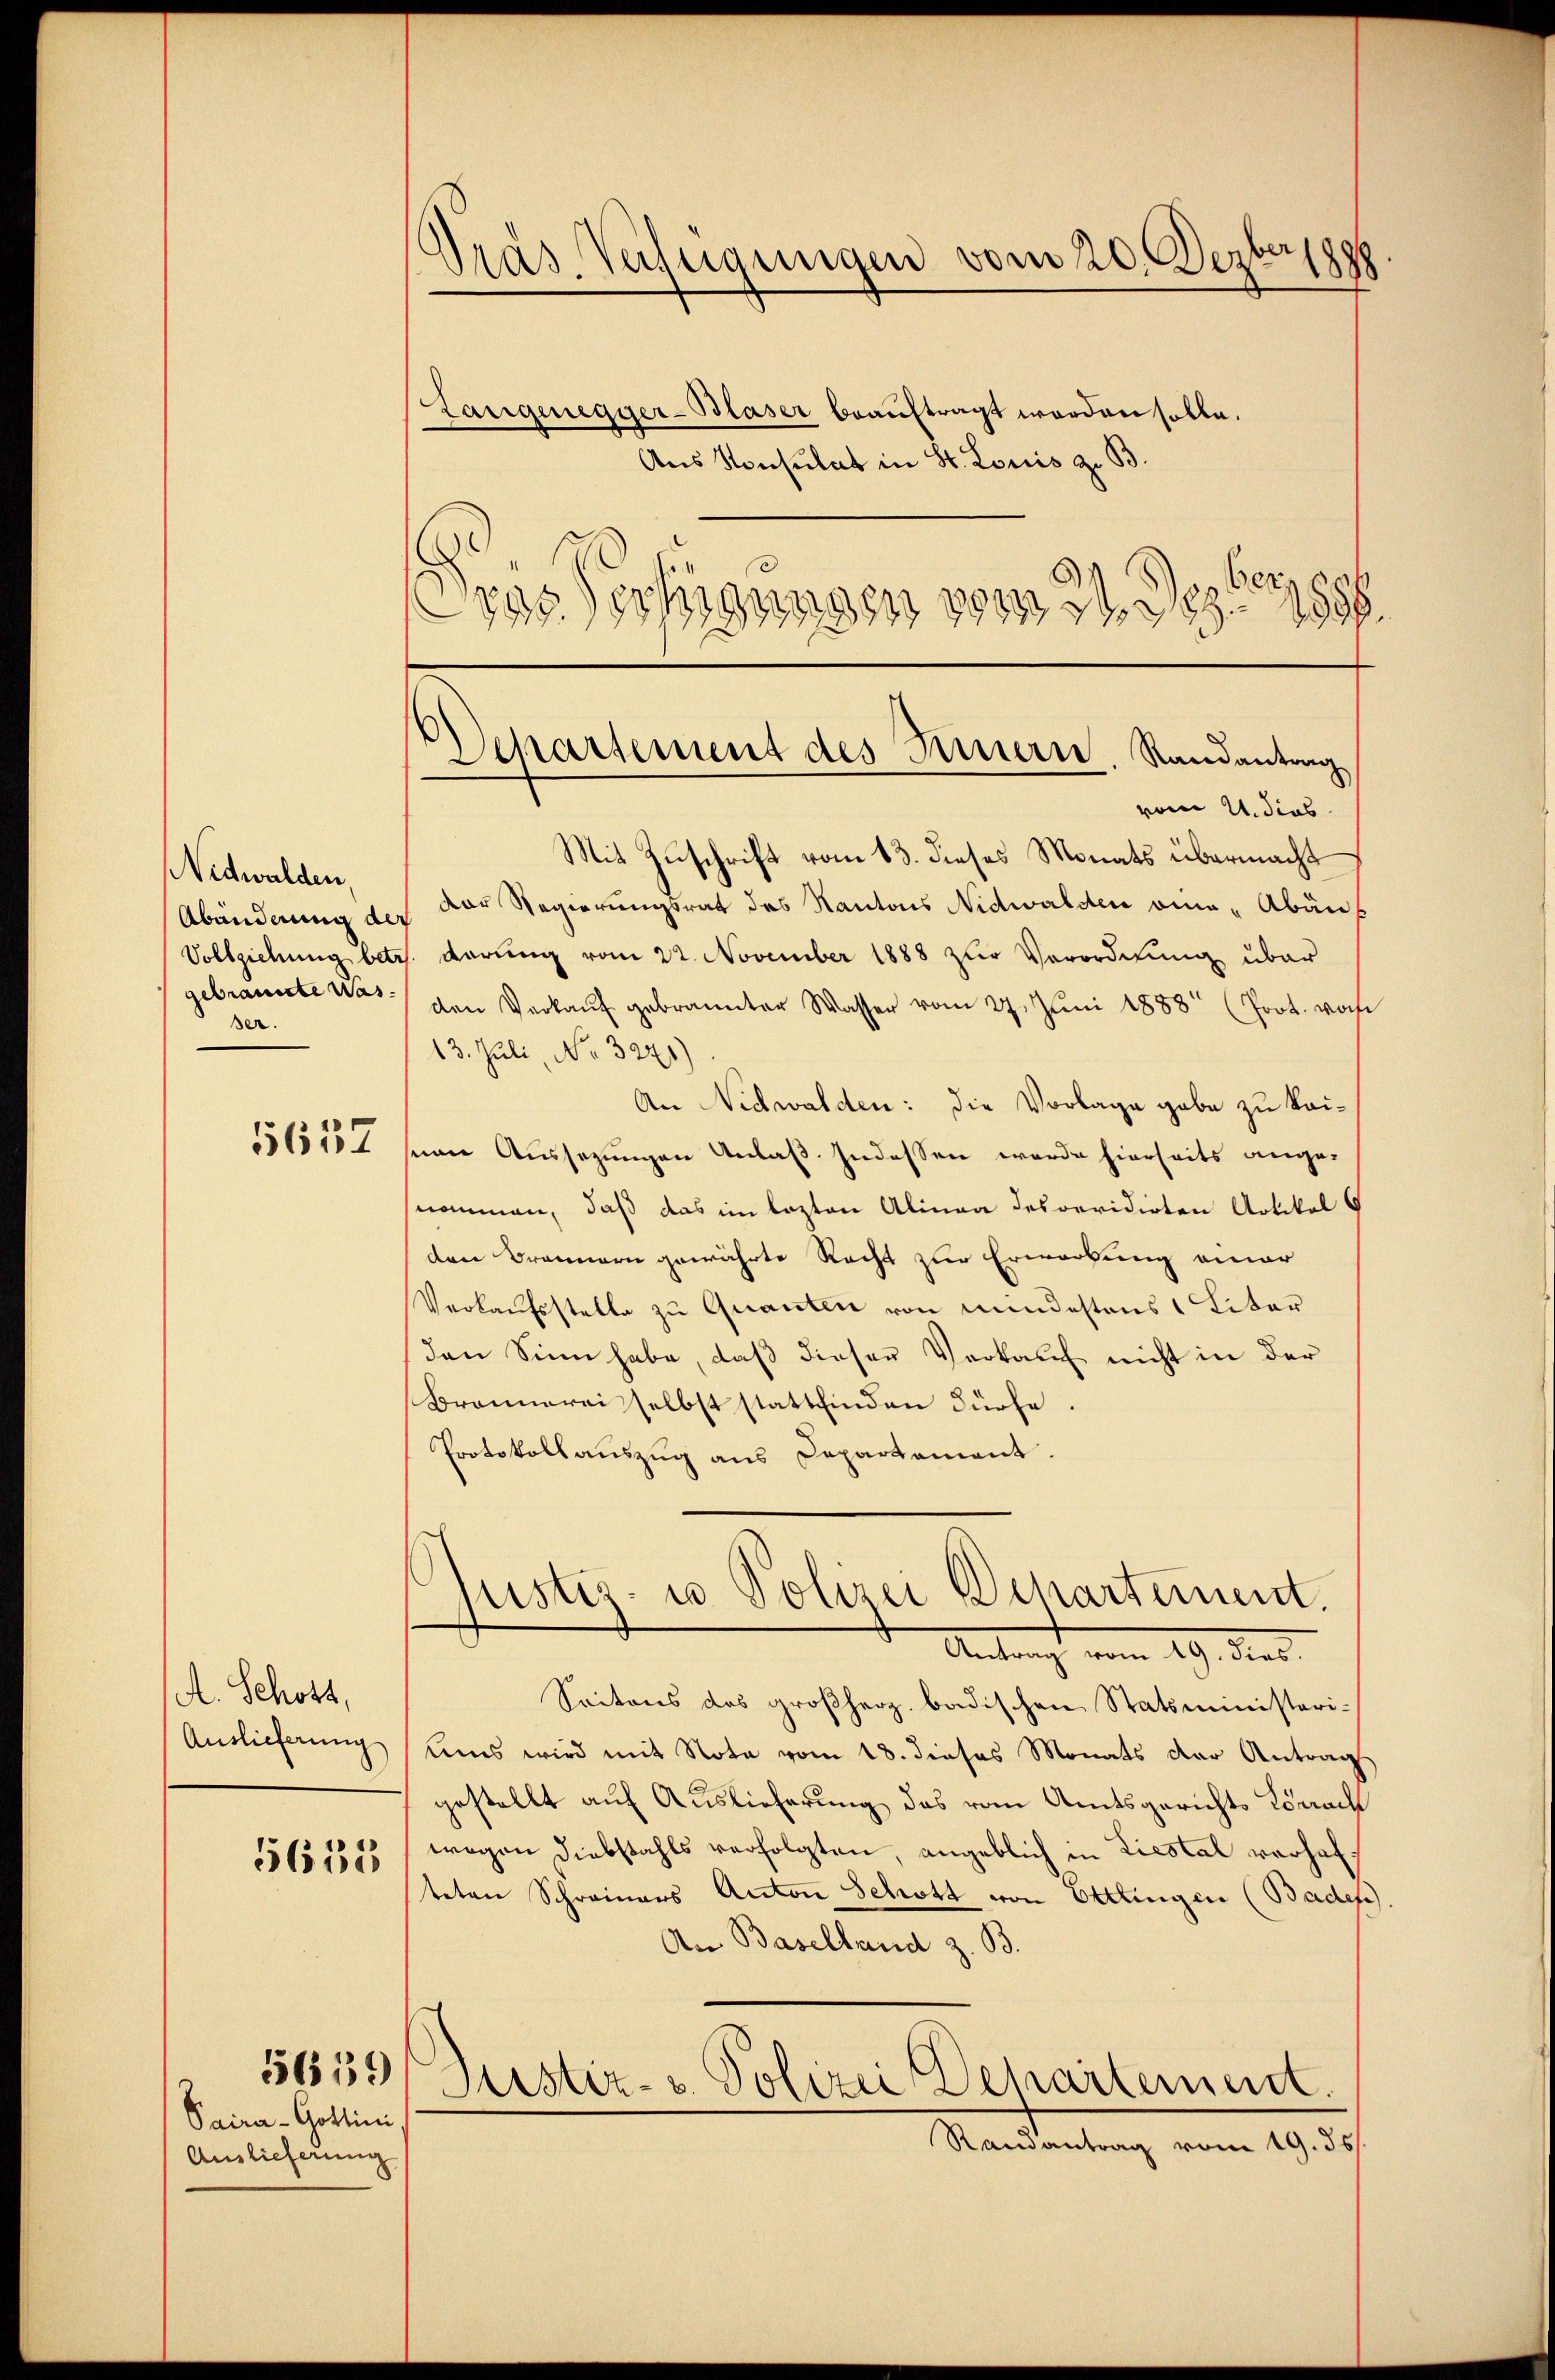
Dräs-Verfügungen vom 20. Dezberg

ber
rassertigungen vom
1886
Mit Zuschrift vom 13. dieses Monats übermacht
Der Regierungsrat des Kantons Nidwalden eine Abän
1. darung vom 22. November 1888 zur Verordnung über
den Verkaŭf gebrannter Wasser vom 27. Jŭni 1888 (Prot. woch
13. Juli, No. 3271)
An Nidwalden: die Vorlage gabe zu kaiseine Aussetzungen Anlaß. Indessen werde hierseits angenommen, daß das im lezten Alinea desrevidirten Artikel
den Brannern gewährte Recht zur Erwartung einer
Verkaŭfsstelle zu Quanten von mindestens 1 Liter
den Sinn habe, daß dieser Verkauf nicht in der
Bronnerei selbst stattfinden dürfe
Protokollauszug aus Departement.
Justiz- u Polizei Departement.
Antrag vom 19. dies
Seitens des großherz badischen Statsministeri¬
Ums wird mit Nota vom 18. dieses Monats der Antrag
gestellt auf Auslieferung das vom Amtsgerichts Lörrach
wegen Diebstahls verfolgten, angeblich in Liestal verhafteten Schreiners Anton Schott von Ettingen (Badep
An Baselland z. B.
Justiz- u. Polizei Departement
Ramantrag vom 19. 35

Langenegger-Blaser beauftragt worden solle.
Aus Konsulat in St. Louis z. B

Departement des Innern Randantrag
vom 4. dies

Nidwalden,
Abanderung de
Vollziehung betr.
gebrannte Was
ser.

5657

A. Schott,
Auslieferung

5635

5659

Paira-Gottini
Auslieferung